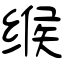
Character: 缑